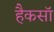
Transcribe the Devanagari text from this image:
हैकसॉ